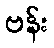
ဗန်း